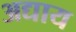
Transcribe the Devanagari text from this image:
अद्याय